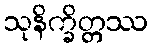
သုနိက္ခိတ္တဿ